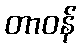
တာဝန်